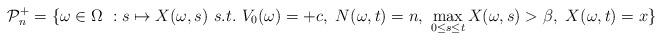
LaTeX: \begin{align*}\displaystyle\mathcal{P}_n^+ = \lbrace \omega\in \Omega\ : s\mapsto X(\omega, s)\ s.t.\ V_0(\omega) = +c,\ N(\omega, t) = n,\ \max_{0\le s\le t}X(\omega, s) >\beta,\ X(\omega, t)= x \rbrace\end{align*}